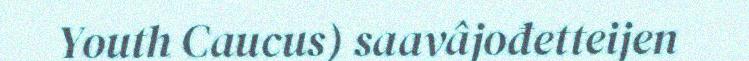
Youth Caucus) saavâjođetteijen